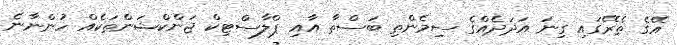
އޭގެ ތެރޭގައި ގިނަ އަދަދެއްގެ ސިމެންތި ބަސްތާ އާއި ޕްލާސްޓިކް ޖަންކްޝަންތަކެއް ހުންނާނެ